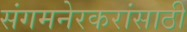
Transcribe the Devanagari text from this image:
संगमनेरकरांसाठी